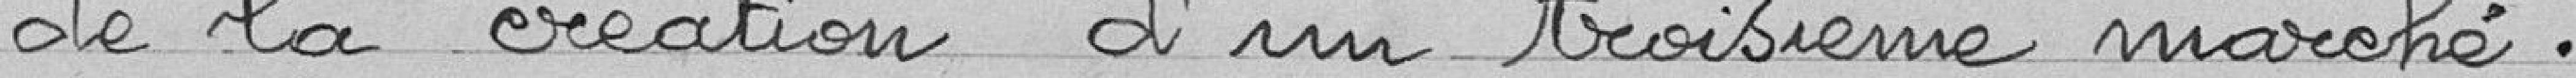
de la création d'un troisième marché.